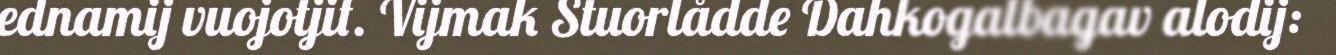
ednamij vuojotjit. Vijmak Stuorlådde Dahkogalbagav alodij: